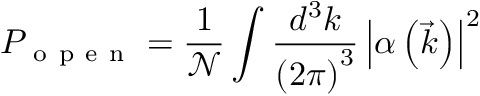
P _ { \mathrm { ~ o ~ p ~ e ~ n ~ } } = \frac { 1 } { \mathcal { N } } \int \frac { d ^ { 3 } k } { \left( 2 \pi \right) ^ { 3 } } \left| \alpha \left( \vec { k } \right) \right| ^ { 2 }